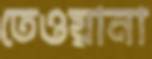
তেওয়ানা